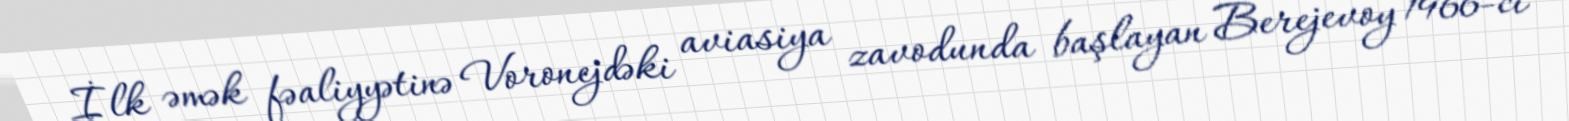
İlk əmək fəaliyyətinə Voronejdəki aviasiya zavodunda başlayan Berejevoy 1966-cı